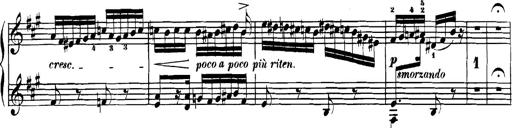
Title: Spinnerlied aus dem Fliegenden HollÃ¤nder
Composer: Franz Liszt